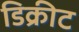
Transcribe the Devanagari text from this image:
डिक्रीट